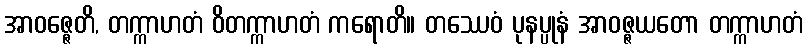
အာဝဇ္ဇေတိ, တက္ကာဟတံ ဝိတက္ကာဟတံ ကရောတိ။ တဿေဝံ ပုနပ္ပုနံ အာဝဇ္ဇယတော တက္ကာဟတံ